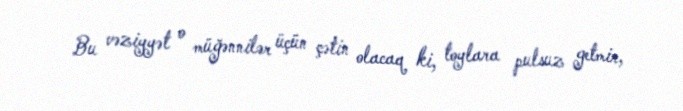
Bu vəziyyət o müğənnilər üçün çətin olacaq ki, toylara pulsuz getmir,